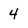
Character: 4